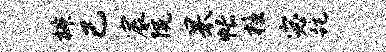
椒已宸院杲帐檀宓跎